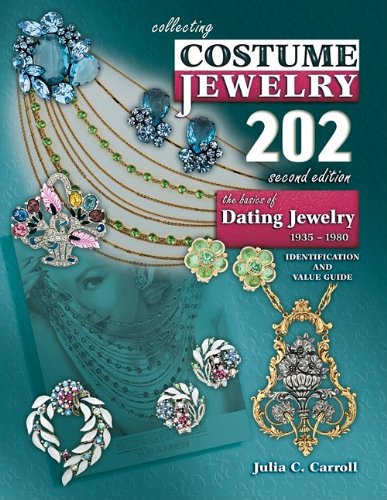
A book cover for Collecting Costume Jewelry 202: The Basics of Dating Jewelry 1935-1980, Identification and Value Guide, 2nd Edition; Julia C. Carroll; Crafts, Hobbies & Home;